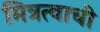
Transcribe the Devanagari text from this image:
मित्रत्वाची